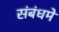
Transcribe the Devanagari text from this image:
संबंधमे